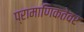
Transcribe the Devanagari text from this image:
प्रामाणिकतेवर